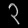
Digit: ၃